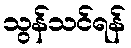
သွန်သင်ရန်